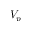
V _ { p }